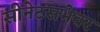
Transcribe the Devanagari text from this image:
सीनेटसभेवर